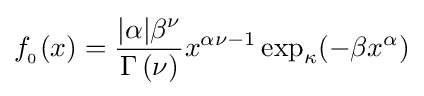
f_{_{0}}(x)={\frac {|\alpha |\beta ^{\nu }}{\Gamma \left(\nu \right)}}x^{\alpha \nu -1}\exp _{\kappa }(-\beta x^{\alpha })